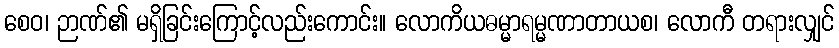
စေဝ၊ ဉာဏ်၏ မရှိခြင်းကြောင့်လည်းကောင်း။ လောကိယဓမ္မာရမ္မဏာတာယစ၊ လောကီ တရားလျှင်